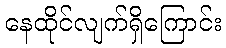
နေထိုင်လျက်ရှိကြောင်း